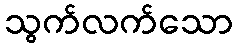
သွက်လက်သော